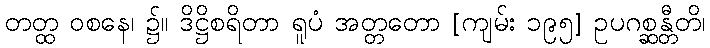
တတ္ထ ဝစနေ၊ ၌။ ဒိဋ္ဌိစရိတာ ရူပံ အတ္တတော [ကျမ်း ၁၉၅] ဥပဂစ္ဆန္တီတိ၊